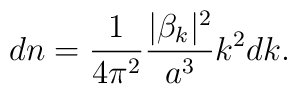
dn=\frac{1}{4\pi^2}\frac{|\beta_k|^2}{a^3}k^2 dk.